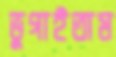
ভুগাইতাম